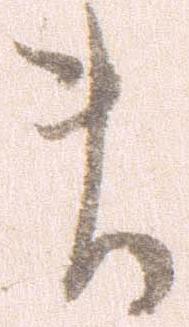
ま